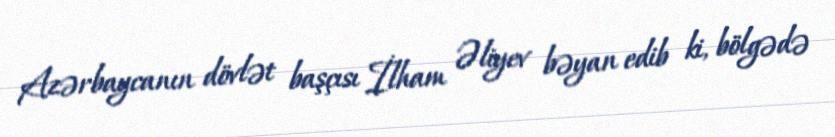
Azərbaycanın dövlət başçısı İlham Əliyev bəyan edib ki, bölgədə